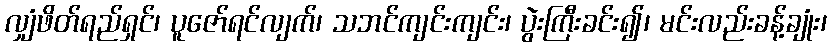
လျှံဖိတ်ရည်ရှင်၊ ပူဇော်ရင်လျက်၊ သဘင်ကျင်းကျင်း၊ ပွဲးကြီးခင်း၍၊ မင်းလည်းခန့်ချုံး၊